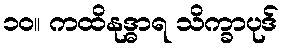
၁၀။ ကထိနုဒ္ဓာရ သိက္ခာပုဒ်